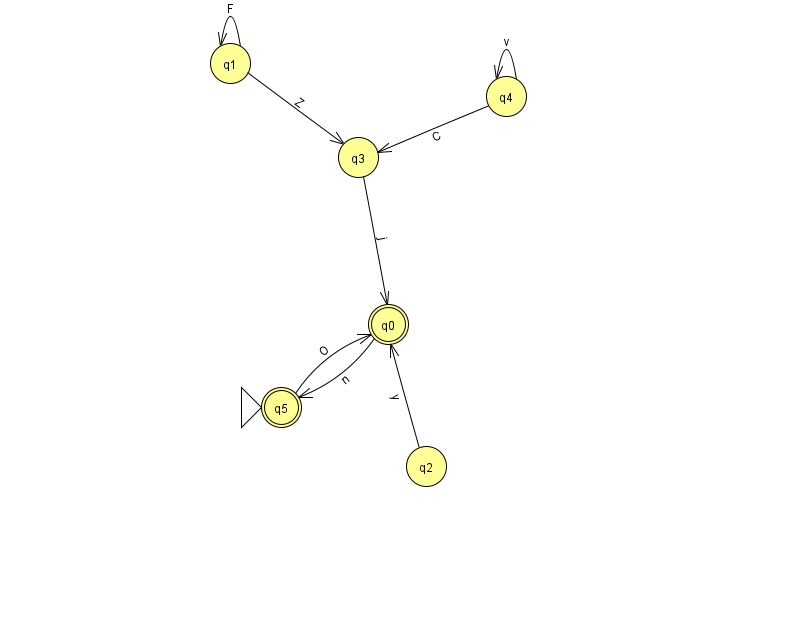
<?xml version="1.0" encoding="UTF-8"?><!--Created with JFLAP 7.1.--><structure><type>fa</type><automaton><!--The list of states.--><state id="0" name="q0"><x>388.0</x><y>311.0</y><final/></state><state id="1" name="q1"><x>230.0</x><y>50.0</y></state><state id="2" name="q2"><x>426.0</x><y>453.0</y></state><state id="3" name="q3"><x>358.0</x><y>144.0</y></state><state id="4" name="q4"><x>506.0</x><y>83.0</y></state><state id="5" name="q5"><x>281.0</x><y>394.0</y><initial/><final/></state><!--The list of transitions.--><transition><from>0</from><to>5</to><read>n</read></transition><transition><from>5</from><to>0</to><read>O</read></transition><transition><from>2</from><to>0</to><read>y</read></transition><transition><from>1</from><to>1</to><read>F</read></transition><transition><from>4</from><to>4</to><read>v</read></transition><transition><from>4</from><to>3</to><read>C</read></transition><transition><from>1</from><to>3</to><read>Z</read></transition><transition><from>3</from><to>0</to><read>j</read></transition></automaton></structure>